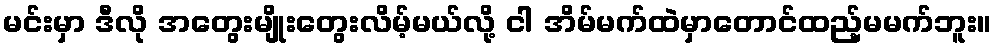
မင်းမှာ ဒီလို အတွေးမျိုးတွေးလိမ့်မယ်လို့ ငါ အိမ်မက်ထဲမှာတောင်ထည့်မမက်ဘူး။